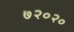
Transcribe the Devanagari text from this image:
७२०२०